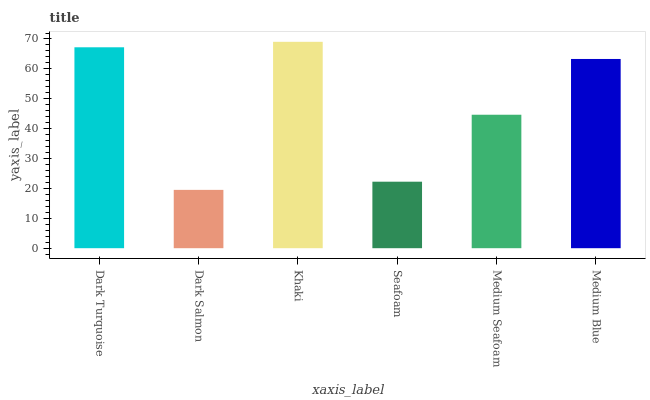
| xaxis_label | bars |
 | --- | --- |
 | Dark Turquoise | 67.2 |
 | Dark Salmon | 19.5 |
 | Khaki | 69.1 |
 | Seafoam | 22.3 |
 | Medium Seafoam | 44.7 |
 | Medium Blue | 63.3 |